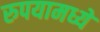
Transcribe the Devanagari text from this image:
रुपयामध्ये